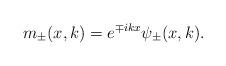
LaTeX: \begin{align*}m_{\pm}(x,k)=e^{\mp ikx}\psi_{\pm}(x,k).\end{align*}